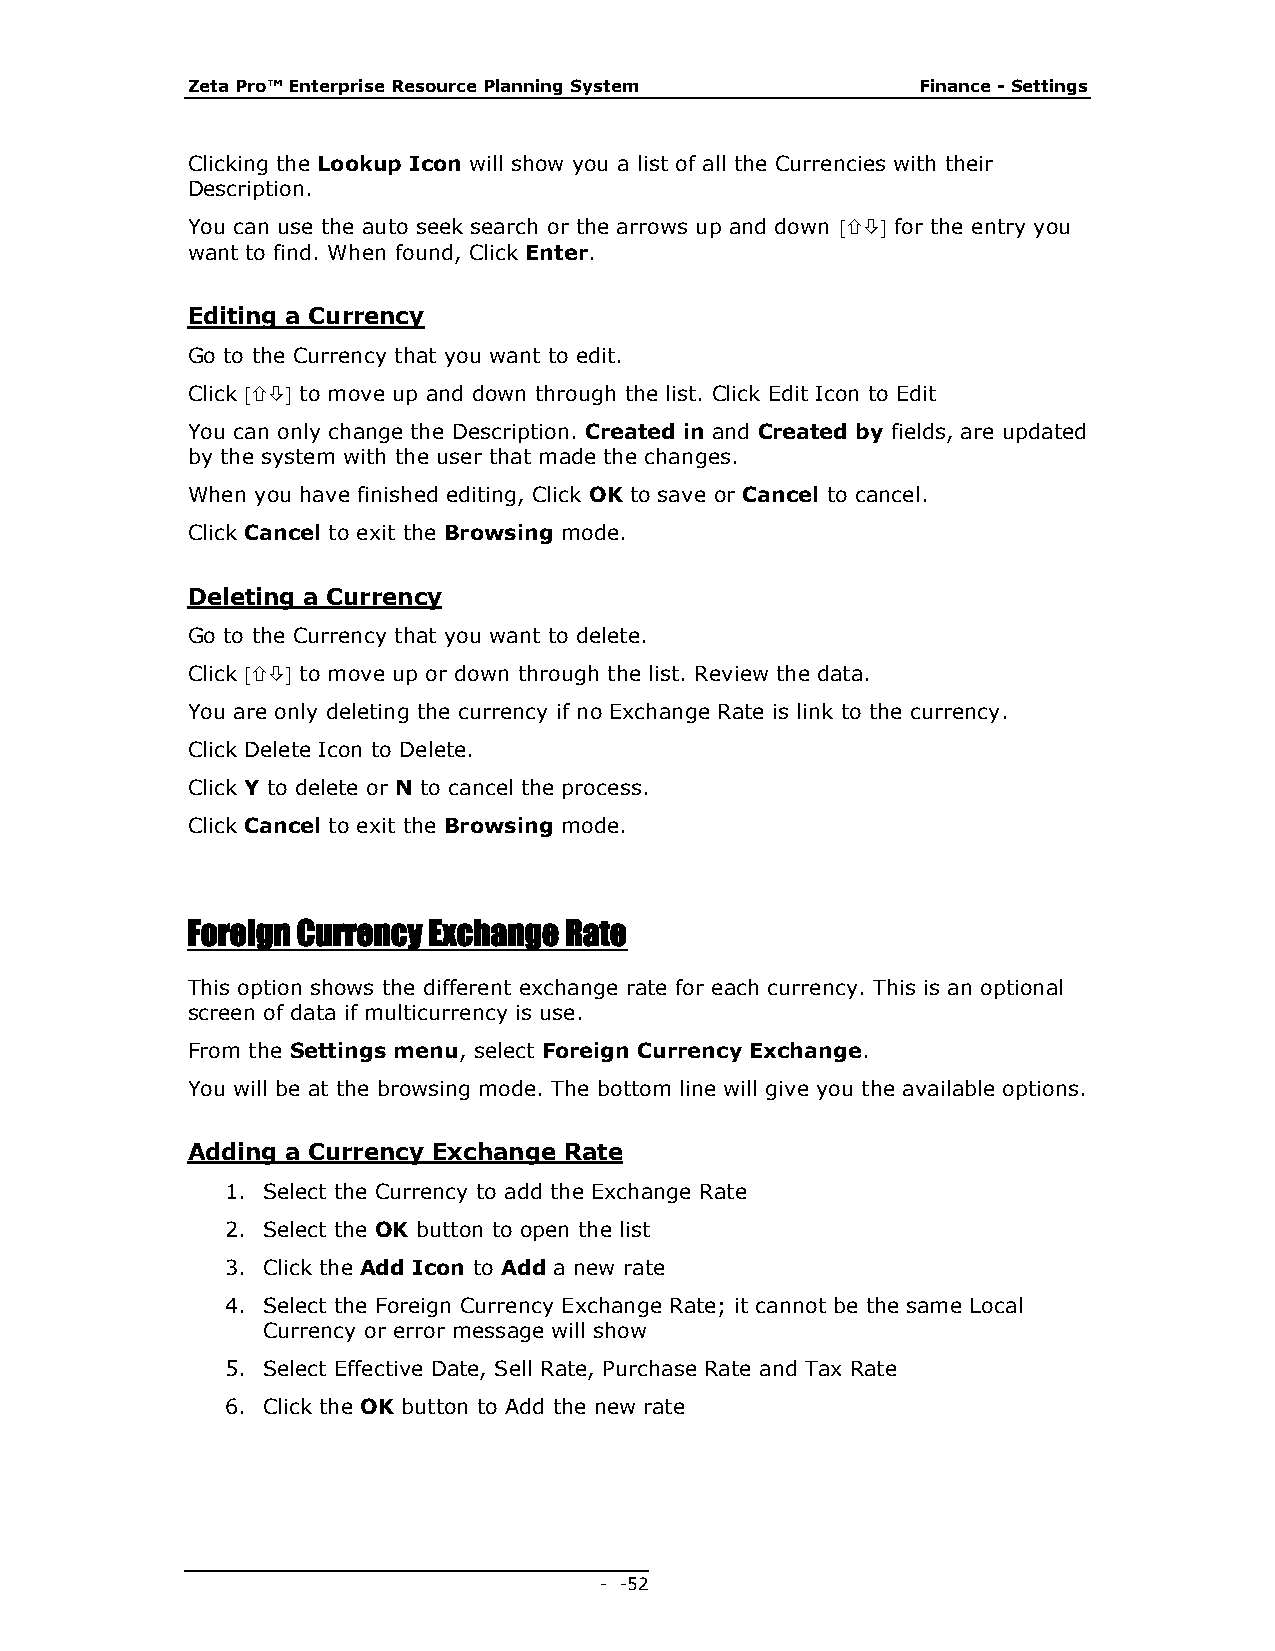
Zeta Pro™ Enterprise Resource Planning System    Finance - Settings
 Clicking the Lookup Icon will show you a list of all the Currencies with their
 Description.
 You can use the auto seek search or the arrows up and down  for the entry you
 want to find. When found, Click Enter.
 Editing a Currency
 Go to the Currency that you want to edit.
 Click  to move up and down through the list. Click Edit Icon to Edit
 You can only change the Description. Created in and Created by fields, are updated
 by the system with the user that made the changes.
 When you have finished editing, Click OK to save or Cancel to cancel.
 Click Cancel to exit the Browsing mode.
 Deleting a Currency
 Go to the Currency that you want to delete.
 Click  to move up or down through the list. Review the data.
 You are only deleting the currency if no Exchange Rate is link to the currency.
 Click Delete Icon to Delete.
 Click Y to delete or N to cancel the process.
 Click Cancel to exit the Browsing mode.
 Foreign Currency Exchange Rate
 This option shows the different exchange rate for each currency. This is an optional
 screen of data if multicurrency is use.
 From the Settings menu, select Foreign Currency Exchange.
 You will be at the browsing mode. The bottom line will give you the available options.
 Adding a Currency Exchange Rate
 1. Select the Currency to add the Exchange Rate
 2. Select the OK button to open the list
 3. Click the Add Icon to Add a new rate
 4. Select the Foreign Currency Exchange Rate; it cannot be the same Local
 Currency or error message will show
 5. Select Effective Date, Sell Rate, Purchase Rate and Tax Rate
 6. Click the OK button to Add the new rate
 - - 52